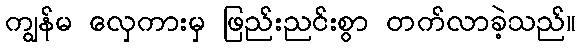
ကျွန်မ လှေကားမှ ဖြည်းညင်းစွာ တက်လာခဲ့သည်။